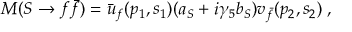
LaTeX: M ( S \rightarrow f \bar { f } ) = \bar { u } _ { f } ( p _ { 1 } , s _ { 1 } ) ( a _ { S } + i \gamma _ { 5 } b _ { S } ) v _ { \bar { f } } ( p _ { 2 } , s _ { 2 } ) \; ,